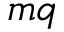
m q